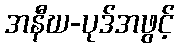
အနီဃ-ပုဒ်အဖွင့်